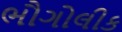
ભૌગોલીક